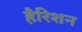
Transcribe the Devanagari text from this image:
हैरिशन